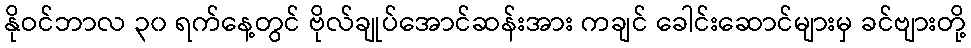
နိုဝင်ဘာလ ၃၀ ရက်နေ့တွင် ဗိုလ်ချုပ်အောင်ဆန်းအား ကချင် ခေါင်းဆောင်များမှ ခင်ဗျားတို့